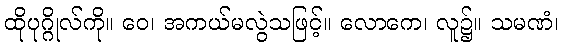
ထိုပုဂ္ဂိုလ်ကို။ ဝေ၊ အကယ်မလွဲသဖြင့်။ လောကေ၊ လူ၌။ သမဏံ၊